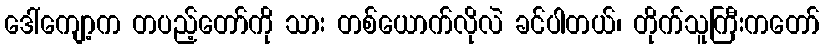
ဒေါ်ကျော့က တပည့်တော်ကို သား တစ်ယောက်လိုလဲ ခင်ပါတယ်၊ တိုက်သူကြီးကတော်